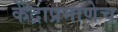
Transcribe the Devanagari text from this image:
केंद्राप्रमाणेच